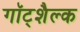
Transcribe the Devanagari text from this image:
गॉट्शैल्क